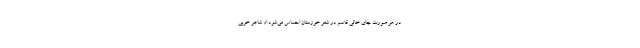
در هر صورت جای خالی قاسم در شعر خوزستان احساس می‌شود او شاعر خوبی